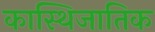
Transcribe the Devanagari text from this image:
कास्थिजातिक